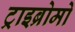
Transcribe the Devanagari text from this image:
ट्राइब्रोमो